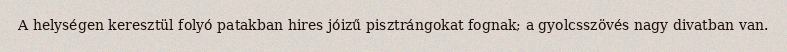
A helységen keresztül folyó patakban hires jóizű pisztrángokat fognak; a gyolcsszövés nagy divatban van.